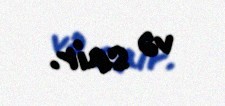
və sair.